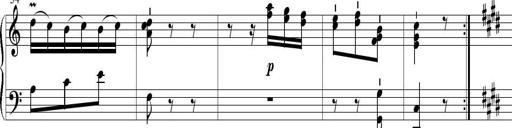
Title: 6 Leichte Sonatinen, Teil 1
Composer: F. Sigismund Sander